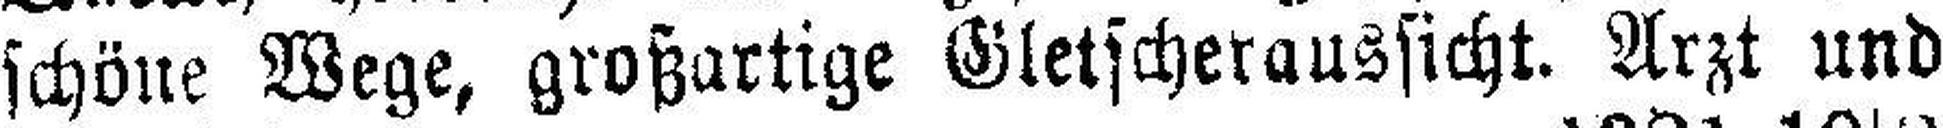
schöne Wege, großartige Gletscheraussicht. Arzt und